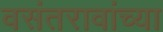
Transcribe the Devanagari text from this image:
वसंतरावांच्‍या